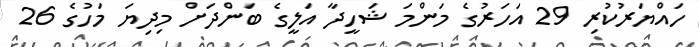
ހައްޔަރުކުރި 29 އަހަރުގެ މަންމަ ޝަހީދާ އަލީގެ ބަންދަށް މިދިޔަ މަހުގެ 26